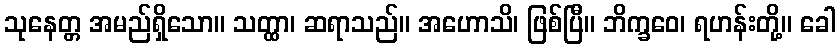
သုနေတ္တ အမည်ရှိသော။ သတ္ထာ၊ ဆရာသည်။ အဟောသိ၊ ဖြစ်ပြီ။ ဘိက္ခဝေ၊ ရဟန်းတို့။ ခေါ